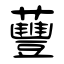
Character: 蘴